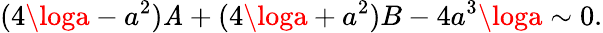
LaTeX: (4\loga-a^{2})\mathit{A}+(4\loga+a^{2})B-4a^{3}\loga\sim0.